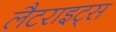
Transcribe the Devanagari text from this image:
लैटराइट्स